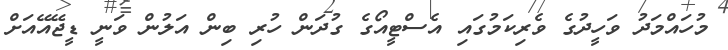
މުހައްމަދު ވަހީދުގެ ވެރިކަމުގައި އެސްޓީއޯގެ ގުދަން ހުރި ބިން އަލުން ވަނީ ޑީޖޭއޭއަށް